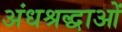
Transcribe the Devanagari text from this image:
अंधश्रद्धाओं